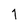
Character: 1